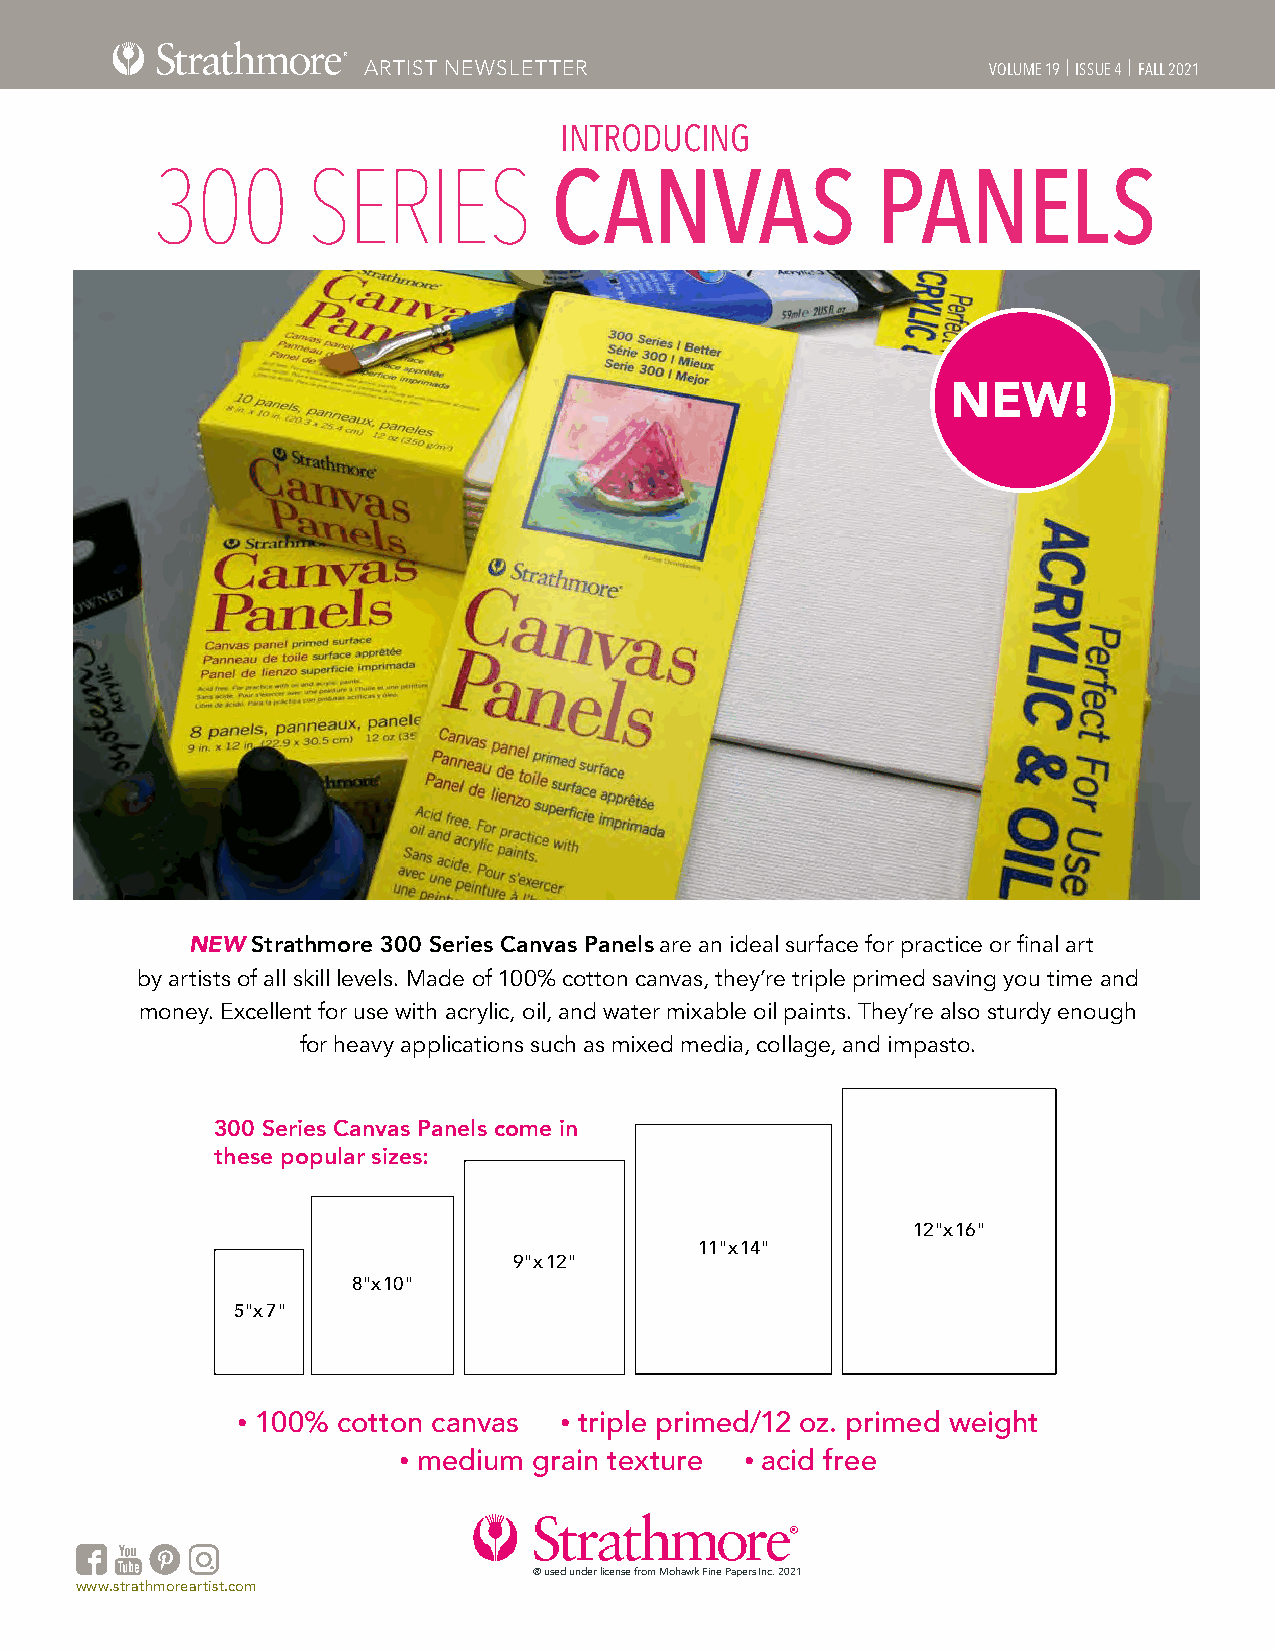
ARTIST NEWSLETTER                         VOLUME 19 | ISSUE 4 | FALL 2021
 INTRODUCING
 300       SERIES          CANVAS                PANELS
 NEW!
 NEW  Strathmore 300 Series Canvas Panels are an ideal surface for practice or final art
 by artists of all skill levels. Made of 100% cotton canvas, they’re triple primed saving you time and
 money. Excellent for use with acrylic, oil, and water mixable oil paints. They’re also sturdy enough
 for heavy applications such as mixed media, collage, and impasto.
 300 Series Canvas Panels come in
 these popular sizes:
 12"x 16"
 11"x 14"
 9"x 12"
 8"x 10"
 5"x 7"
 • 100% cotton canvas • triple primed/12 oz. primed weight
 • medium grain texture • acid free
 ® used under license from Mohawk Fine Papers Inc. 2021
 www.strathmoreartist.com